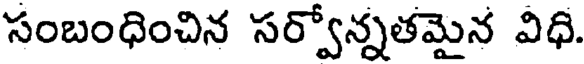
సంబంధించిన సర్వోన్నతమైన విధి.